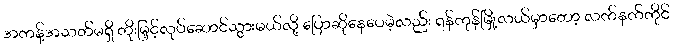
အကန့်အသတ်မရှိ တိုးမြှင့်လုပ်ဆောင်သွားမယ်လို့ ပြောဆိုနေပေမဲ့လည်း ရန်ကုန်မြို့လယ်မှာတော့ လက်နက်ကိုင်